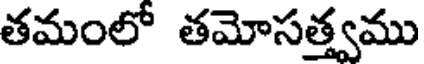
తమంలో తమోసత్త్వము